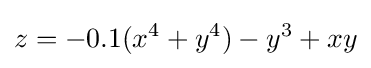
z=-0.1(x^{4}+y^{4})-y^{3}+xy